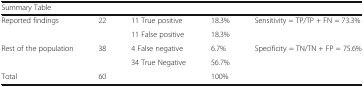
<table><thead><tr><td colspan="4"><b>Summary Table</b></td><td></td></tr></thead><tbody><tr><td rowspan="2">Reported findings</td><td rowspan="2">22</td><td>11 True positive</td><td>18.3%</td><td rowspan="2">Sensitivity = TP/TP + FN = 73.3%</td></tr><tr><td>11 False positive</td><td>18.3%</td></tr><tr><td rowspan="2">Rest of the population</td><td rowspan="2">38</td><td>4 False negative</td><td>6.7%</td><td rowspan="2">Specificity = TN/TN + FP = 75.6%</td></tr><tr><td>34 True Negative</td><td>56.7%</td></tr><tr><td>Total</td><td>60</td><td></td><td>100%</td><td></td></tr></tbody></table>